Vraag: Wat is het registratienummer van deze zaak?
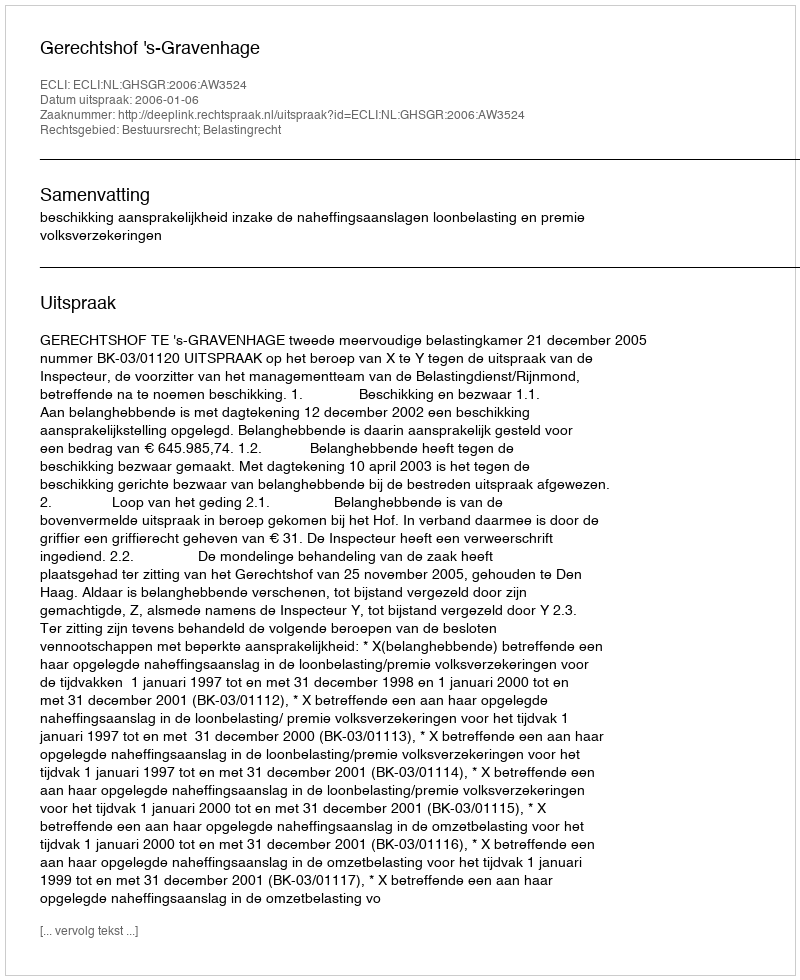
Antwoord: http://deeplink.rechtspraak.nl/uitspraak?id=ECLI:NL:GHSGR:2006:AW3524